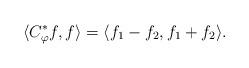
LaTeX: \begin{align*}\langle C_\varphi^*f,f\rangle=\langle f_1-f_2,f_1+f_2\rangle.\end{align*}